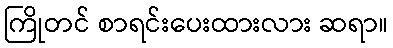
ကြိုတင် စာရင်းပေးထားလား ဆရာ။